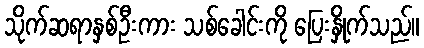
သိုက်ဆရာနှစ်ဦးကား သစ်ခေါင်းကို ပြေးနှိုက်သည်။